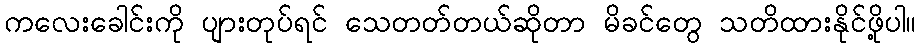
ကလေးခေါင်းကို ပျားတုပ်ရင် သေတတ်တယ်ဆိုတာ မိခင်တွေ သတိထားနိုင်ဖို့ပါ။